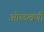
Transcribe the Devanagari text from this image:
ओळखणी